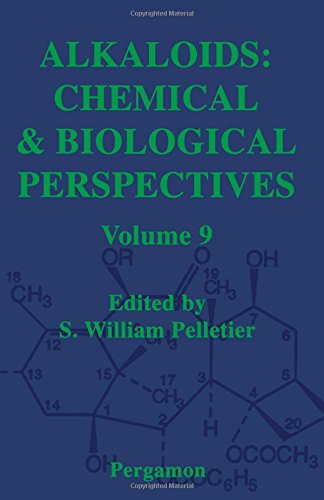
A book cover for Alkaloids: Chemical and Biological Perspectives, Volume 9; Science & Math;